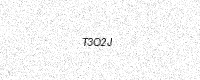
Text: T3O2J